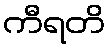
ကီရတိ